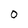
Character: 0